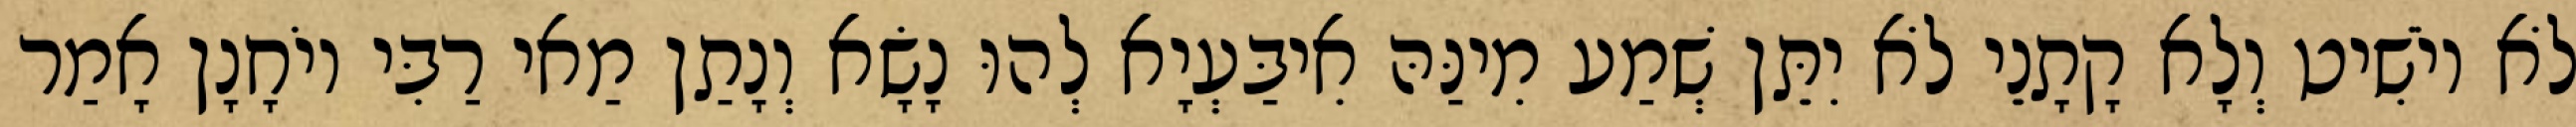
לֹא יוֹשִׁיט וְלָא קָתָנֵי לֹא יִתֵּן שְׁמַע מִינַּהּ אִיבַּעְיָא לְהוּ נָשָׂא וְנָתַן מַאי רַבִּי יוֹחָנָן אָמַר